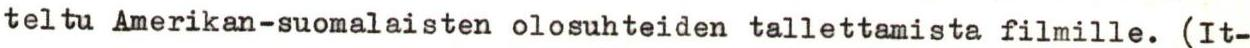
teltu Amerikan-suomalaisten olosuhteiden tallettamista filmille. (It-